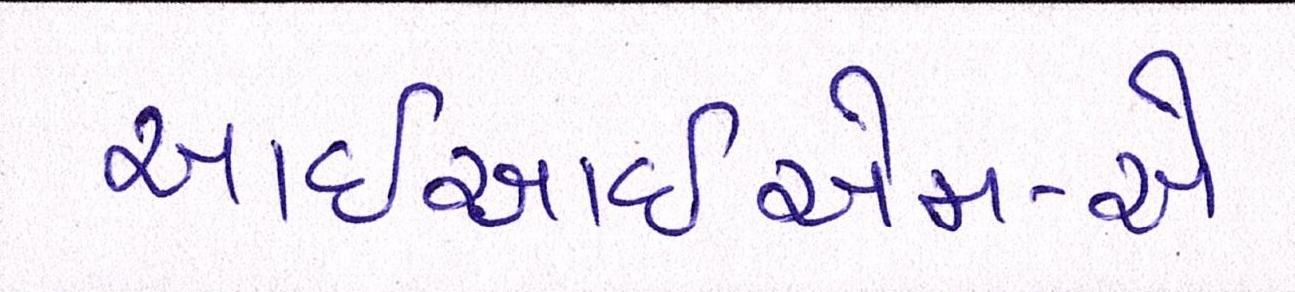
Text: આઇઆઇએમ-એ